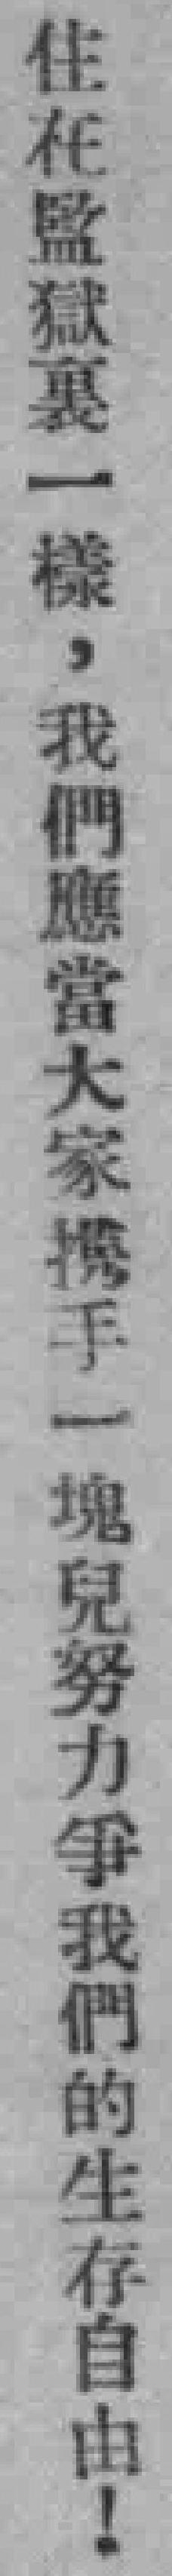
住在監獄裹一樣，我們應當大家携手一塊兒努力爭我們的生存自由！